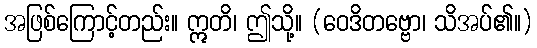
အဖြစ်ကြောင့်တည်း။ ဣတိ၊ ဤသို့။ (ဝေဒိတဗ္ဗော၊ သိအပ်၏။)